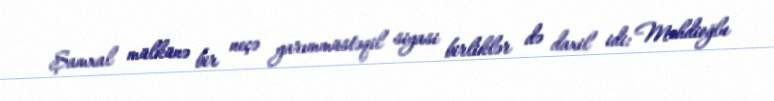
Şamxal mülkünə bir neçə yarımmüstəqil siyasi birliklər də daxil idi: Mehdioğlu